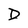
Character: D